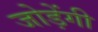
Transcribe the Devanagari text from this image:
जोड़ेंगी